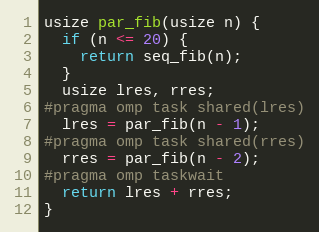
Language: C++
usize par_fib(usize n) {
  if (n <= 20) {
    return seq_fib(n);
  }
  usize lres, rres;
#pragma omp task shared(lres)
  lres = par_fib(n - 1);
#pragma omp task shared(rres)
  rres = par_fib(n - 2);
#pragma omp taskwait
  return lres + rres;
}